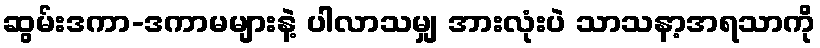
ဆွမ်းဒကာ-ဒကာမများနဲ့ ပါလာသမျှ အားလုံးပဲ သာသနာ့အရသာကို